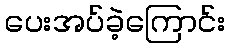
ပေးအပ်ခဲ့ကြောင်း